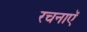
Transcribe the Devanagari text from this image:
रचनाऍ